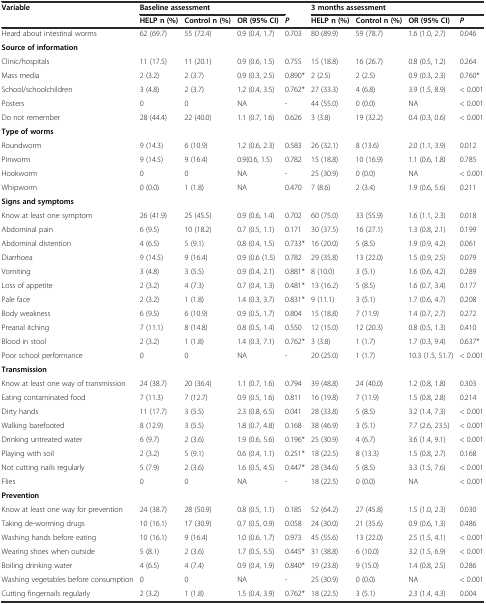
<table><thead><tr><td><b>Variable</b></td><td colspan="3"><b>Baseline assessment</b></td><td>[EMPTY_CELL]</td><td colspan="4"><b>3 months assessment</b></td></tr><tr><td>[EMPTY_CELL]</td><td><b>HELP n (%)</b></td><td><b>Control n (%)</b></td><td><b>OR (95% CI)</b></td><td><b><i>P</i></b></td><td><b>HELP n (%)</b></td><td><b>Control n (%)</b></td><td><b>OR (95% CI)</b></td><td><b><i>P</i></b></td></tr></thead><tbody><tr><td>Heard about intestinal worms</td><td>62 (69.7)</td><td>55 (72.4)</td><td>0.9 (0.4, 1.7)</td><td>0.703</td><td>80 (89.9)</td><td>59 (78.7)</td><td>1.6 (1.0, 2.7)</td><td>0.046</td></tr><tr><td><b>Source of information</b></td><td>[EMPTY_CELL]</td><td>[EMPTY_CELL]</td><td>[EMPTY_CELL]</td><td>[EMPTY_CELL]</td><td>[EMPTY_CELL]</td><td>[EMPTY_CELL]</td><td>[EMPTY_CELL]</td><td>[EMPTY_CELL]</td></tr><tr><td>Clinic/hospitals</td><td>11 (17.5)</td><td>11 (20.1)</td><td>0.9 (0.6, 1.5)</td><td>0.755</td><td>15 (18.8)</td><td>16 (26.7)</td><td>0.8 (0.5, 1.2)</td><td>0.264</td></tr><tr><td>Mass media</td><td>2 (3.2)</td><td>2 (3.7)</td><td>0.9 (0.3, 2.5)</td><td>0.890*</td><td>2 (2.5)</td><td>2 (2.5)</td><td>0.9 (0.3, 2.3)</td><td>0.760*</td></tr><tr><td>School/schoolchildren</td><td>3 (4.8)</td><td>2 (3.7)</td><td>1.2 (0.4, 3.5)</td><td>0.762*</td><td>27 (33.3)</td><td>4 (6.8)</td><td>3.9 (1.5, 8.9)</td><td>&lt; 0.001</td></tr><tr><td>Posters</td><td>0</td><td>0</td><td>NA</td><td>-</td><td>44 (55.0)</td><td>0 (0.0)</td><td>NA</td><td>&lt; 0.001</td></tr><tr><td>Do not remember</td><td>28 (44.4)</td><td>22 (40.0)</td><td>1.1 (0.7, 1.6)</td><td>0.626</td><td>3 (3.8)</td><td>19 (32.2)</td><td>0.4 (0.3, 0.6)</td><td>&lt; 0.001</td></tr><tr><td><b>Type of worms</b></td><td>[EMPTY_CELL]</td><td>[EMPTY_CELL]</td><td>[EMPTY_CELL]</td><td>[EMPTY_CELL]</td><td>[EMPTY_CELL]</td><td>[EMPTY_CELL]</td><td>[EMPTY_CELL]</td><td>[EMPTY_CELL]</td></tr><tr><td>Roundworm</td><td>9 (14.3)</td><td>6 (10.9)</td><td>1.2 (0.6, 2.3)</td><td>0.583</td><td>26 (32.1)</td><td>8 (13.6)</td><td>2.0 (1.1, 3.9)</td><td>0.012</td></tr><tr><td>Pinworm</td><td>9 (14.5)</td><td>9 (16.4)</td><td>0.9(0.6, 1.5)</td><td>0.782</td><td>15 (18.8)</td><td>10 (16.9)</td><td>1.1 (0.6, 1.8)</td><td>0.785</td></tr><tr><td>Hookworm</td><td>0</td><td>0</td><td>NA</td><td>-</td><td>25 (30.9)</td><td>0 (0.0)</td><td>NA</td><td>&lt; 0.001</td></tr><tr><td>Whipworm</td><td>0 (0.0)</td><td>1 (1.8)</td><td>NA</td><td>0.470</td><td>7 (8.6)</td><td>2 (3.4)</td><td>1.9 (0.6, 5.6)</td><td>0.211</td></tr><tr><td><b>Signs and symptoms</b></td><td>[EMPTY_CELL]</td><td>[EMPTY_CELL]</td><td>[EMPTY_CELL]</td><td>[EMPTY_CELL]</td><td>[EMPTY_CELL]</td><td>[EMPTY_CELL]</td><td>[EMPTY_CELL]</td><td>[EMPTY_CELL]</td></tr><tr><td>Know at least one symptom</td><td>26 (41.9)</td><td>25 (45.5)</td><td>0.9 (0.6, 1.4)</td><td>0.702</td><td>60 (75.0)</td><td>33 (55.9)</td><td>1.6 (1.1, 2.3)</td><td>0.018</td></tr><tr><td>Abdominal pain</td><td>6 (9.5)</td><td>10 (18.2)</td><td>0.7 (0.5, 1.1)</td><td>0.171</td><td>30 (37.5)</td><td>16 (27.1)</td><td>1.3 (0.8, 2.1)</td><td>0.199</td></tr><tr><td>Abdominal distention</td><td>4 (6.5)</td><td>5 (9.1)</td><td>0.8 (0.4, 1.5)</td><td>0.733*</td><td>16 (20.0)</td><td>5 (8.5)</td><td>1.9 (0.9, 4.2)</td><td>0.061</td></tr><tr><td>Diarrhoea</td><td>9 (14.5)</td><td>9 (16.4)</td><td>0.9 (0.6 (1.5)</td><td>0.782</td><td>29 (35.8)</td><td>13 (22.0)</td><td>1.5 (0.9, 2.5)</td><td>0.079</td></tr><tr><td>Vomiting</td><td>3 (4.8)</td><td>3 (5.5)</td><td>0.9 (0.4, 2.1)</td><td>0.881*</td><td>8 (10.0)</td><td>3 (5.1)</td><td>1.6 (0.6, 4.2)</td><td>0.289</td></tr><tr><td>Loss of appetite</td><td>2 (3.2)</td><td>4 (7.3)</td><td>0.7 (0.4, 1.3)</td><td>0.481*</td><td>13 (16.2)</td><td>5 (8.5)</td><td>1.6 (0.7, 3.4)</td><td>0.177</td></tr><tr><td>Pale face</td><td>2 (3.2)</td><td>1 (1.8)</td><td>1.4 (0.3, 3.7)</td><td>0.831*</td><td>9 (11.1)</td><td>3 (5.1)</td><td>1.7 (0.6, 4.7)</td><td>0.208</td></tr><tr><td>Body weakness</td><td>6 (9.5)</td><td>6 (10.9)</td><td>0.9 (0.5, 1.7)</td><td>0.804</td><td>15 (18.8)</td><td>7 (11.9)</td><td>1.4 (0.7, 2.7)</td><td>0.272</td></tr><tr><td>Preanal itching</td><td>7 (11.1)</td><td>8 (14.8)</td><td>0.8 (0.5, 1.4)</td><td>0.550</td><td>12 (15.0)</td><td>12 (20.3)</td><td>0.8 (0.5, 1.3)</td><td>0.410</td></tr><tr><td>Blood in stool</td><td>2 (3.2)</td><td>1 (1.8)</td><td>1.4 (0.3, 7.1)</td><td>0.762*</td><td>3 (3.8)</td><td>1 (1.7)</td><td>1.7 (0.3, 9.4)</td><td>0.637*</td></tr><tr><td>Poor school performance</td><td>0</td><td>0</td><td>NA</td><td>-</td><td>20 (25.0)</td><td>1 (1.7)</td><td>10.3 (1.5, 51.7)</td><td>&lt; 0.001</td></tr><tr><td><b>Transmission</b></td><td>[EMPTY_CELL]</td><td>[EMPTY_CELL]</td><td>[EMPTY_CELL]</td><td>[EMPTY_CELL]</td><td>[EMPTY_CELL]</td><td>[EMPTY_CELL]</td><td>[EMPTY_CELL]</td><td>[EMPTY_CELL]</td></tr><tr><td>Know at least one way of transmission</td><td>24 (38.7)</td><td>20 (36.4)</td><td>1.1 (0.7, 1.6)</td><td>0.794</td><td>39 (48.8)</td><td>24 (40.0)</td><td>1.2 (0.8, 1.8)</td><td>0.303</td></tr><tr><td>Eating contaminated food</td><td>7 (11.3)</td><td>7 (12.7)</td><td>0.9 (0.5, 1.6)</td><td>0.811</td><td>16 (19.8)</td><td>7 (11.9)</td><td>1.5 (0.8, 2.8)</td><td>0.214</td></tr><tr><td>Dirty hands</td><td>11 (17.7)</td><td>3 (5.5)</td><td>2.3 (0.8, 6.5)</td><td>0.041</td><td>28 (33.8)</td><td>5 (8.5)</td><td>3.2 (1.4, 7.3)</td><td>&lt; 0.001</td></tr><tr><td>Walking barefooted</td><td>8 (12.9)</td><td>3 (5.5)</td><td>1.8 (0.7, 4.8)</td><td>0.168</td><td>38 (46.9)</td><td>3 (5.1)</td><td>7.7 (2.6, 23.5)</td><td>&lt; 0.001</td></tr><tr><td>Drinking untreated water</td><td>6 (9.7)</td><td>2 (3.6)</td><td>1.9 (0.6, 5.6)</td><td>0.196*</td><td>25 (30.9)</td><td>4 (6.7)</td><td>3.6 (1.4, 9.1)</td><td>&lt; 0.001</td></tr><tr><td>Playing with soil</td><td>2 (3.2)</td><td>5 (9.1)</td><td>0.6 (0.4, 1.1)</td><td>0.251*</td><td>18 (22.5)</td><td>8 (13.3)</td><td>1.5 (0.8, 2.7)</td><td>0.168</td></tr><tr><td>Not cutting nails regularly</td><td>5 (7.9)</td><td>2 (3.6)</td><td>1.6 (0.5, 4.5)</td><td>0.447*</td><td>28 (34.6)</td><td>5 (8.5)</td><td>3.3 (1.5, 7.6)</td><td>&lt; 0.001</td></tr><tr><td>Flies</td><td>0</td><td>0</td><td>NA</td><td>-</td><td>18 (22.5)</td><td>0 (0.0)</td><td>NA</td><td>&lt; 0.001</td></tr><tr><td><b>Prevention</b></td><td>[EMPTY_CELL]</td><td>[EMPTY_CELL]</td><td>[EMPTY_CELL]</td><td>[EMPTY_CELL]</td><td>[EMPTY_CELL]</td><td>[EMPTY_CELL]</td><td>[EMPTY_CELL]</td><td>[EMPTY_CELL]</td></tr><tr><td>Know at least one way for prevention</td><td>24 (38.7)</td><td>28 (50.9)</td><td>0.8 (0.5, 1.1)</td><td>0.185</td><td>52 (64.2)</td><td>27 (45.8)</td><td>1.5 (1.0, 2.3)</td><td>0.030</td></tr><tr><td>Taking de-worming drugs</td><td>10 (16.1)</td><td>17 (30.9)</td><td>0.7 (0.5, 0.9)</td><td>0.058</td><td>24 (30.0)</td><td>21 (35.6)</td><td>0.9 (0.6, 1.3)</td><td>0.486</td></tr><tr><td>Washing hands before eating</td><td>10 (16.1)</td><td>9 (16.4)</td><td>1.0 (0.6, 1.7)</td><td>0.973</td><td>45 (55.6)</td><td>13 (22.0)</td><td>2.5 (1.5, 4.1)</td><td>&lt; 0.001</td></tr><tr><td>Wearing shoes when outside</td><td>5 (8.1)</td><td>2 (3.6)</td><td>1.7 (0.5, 5.5)</td><td>0.445*</td><td>31 (38.8)</td><td>6 (10.0)</td><td>3.2 (1.5, 6.9)</td><td>&lt; 0.001</td></tr><tr><td>Boiling drinking water</td><td>4 (6.5)</td><td>4 (7.4)</td><td>0.9 (0.4, 1.9)</td><td>0.840*</td><td>19 (23.8)</td><td>9 (15.0)</td><td>1.4 (0.8, 2.5)</td><td>0.286</td></tr><tr><td>Washing vegetables before consumption</td><td>0</td><td>0</td><td>NA</td><td>-</td><td>25 (30.9)</td><td>0 (0.0)</td><td>NA</td><td>&lt; 0.001</td></tr><tr><td>Cutting fingernails regularly</td><td>2 (3.2)</td><td>1 (1.8)</td><td>1.5 (0.4, 3.9)</td><td>0.762*</td><td>18 (22.5)</td><td>3 (5.1)</td><td>2.3 (1.4, 4.3)</td><td>0.004</td></tr></tbody></table>